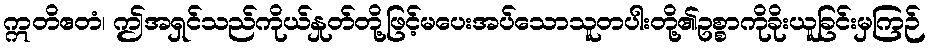
ဣတိဧတံ၊ ဤအရှင်သည်ကိုယ်နှုတ်တို့ဖြင့်မပေးအပ်သောသူတပါးတို့၏ဥစ္စာကိုခိုးယူခြင်းမှကြဉ်